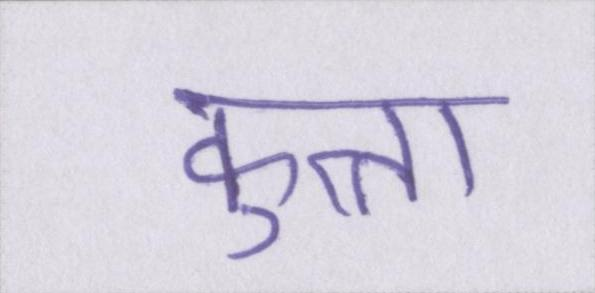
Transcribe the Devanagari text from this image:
कुत्ता